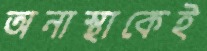
অনাস্থাকেই